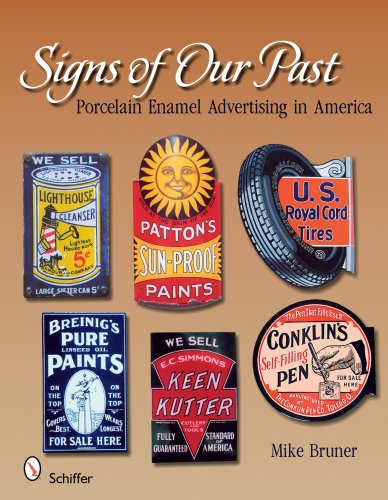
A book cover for Signs of Our Past: Porcelain Enamel Advertising in America; Michael Bruner; Humor & Entertainment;